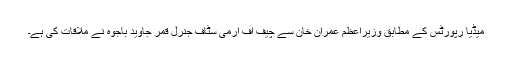
میڈیا رپورٹس کے مطابق وزیراعظم عمران خان سے چیف آف آرمی سٹاف جنرل قمر جاوید باجوہ نے ملاقات کی ہے۔